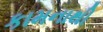
કામનાથી